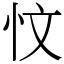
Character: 忟